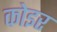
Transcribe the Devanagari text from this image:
कोइर